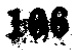
108